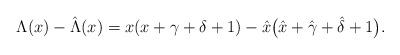
LaTeX: \begin{gather*}\Lambda ( x) - \hat{\Lambda} ( x) = x(x+\gamma+\delta+1) - \hat{x}\big(\hat{x}+\hat{\gamma}+\hat{\delta}+1\big).\end{gather*}